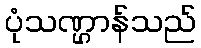
ပုံသဏ္ဌာန်သည်